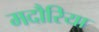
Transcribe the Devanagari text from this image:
मदौरिया